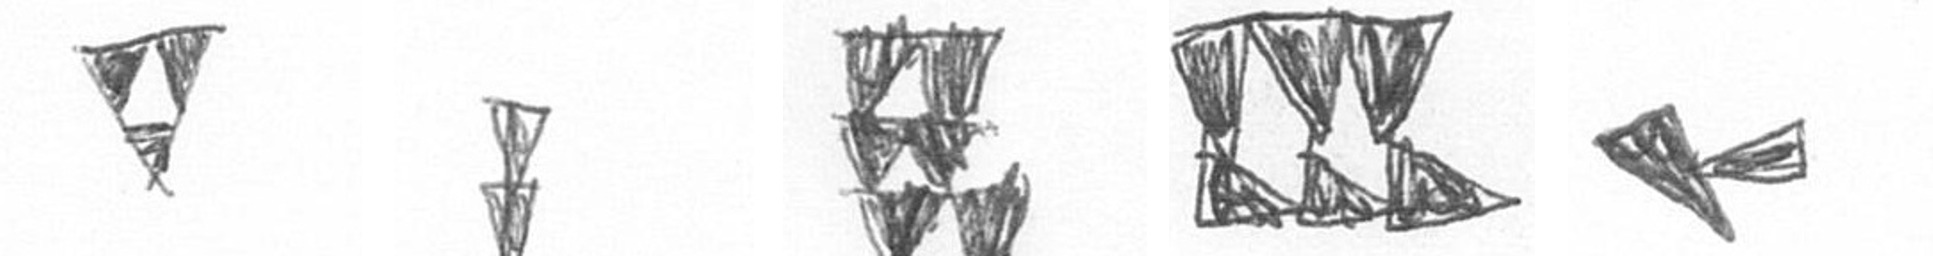
S Z Y D F